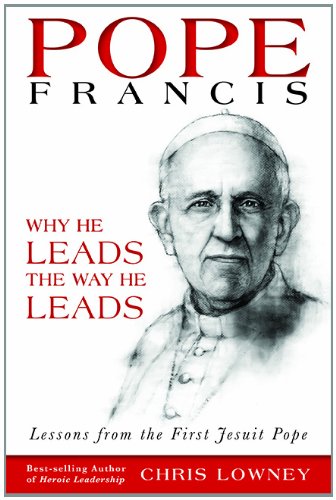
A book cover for Pope Francis: Why He Leads the Way He Leads; Chris Lowney; Christian Books & Bibles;